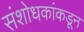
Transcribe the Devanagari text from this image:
संशोधकांकडून